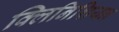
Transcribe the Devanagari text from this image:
क्लिनिशियन